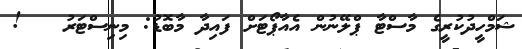
ޝަމްހީދުކުރީގެ މާސްޓާ ޕްލޭނުން އެއާޕޯޓަށް ފައިދާ މާބޮޑު: މިނިސްޓަރު   !